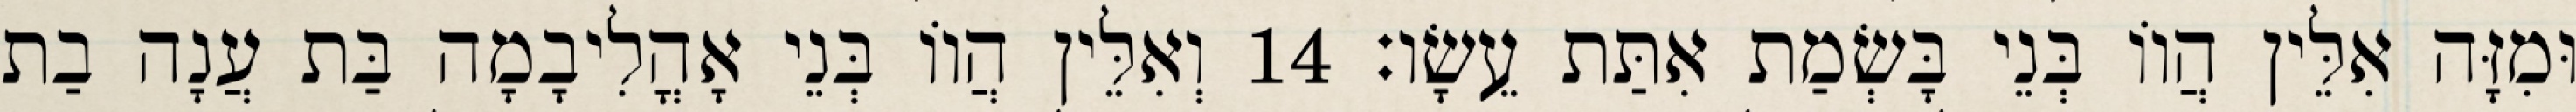
וּמִזָּה אִלֵּין הֲווֹ בְּנֵי בָּשְׂמַת אִתַּת עֵשָׂו׃ 14 וְאִלֵּין הֲווֹ בְּנֵי אָהֳלִיבָמָה בַּת עֲנָה בַת